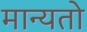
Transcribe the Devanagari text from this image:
मान्यतो